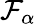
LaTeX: {\mathcal F}_{\alpha}